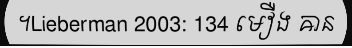
។Lieberman 2003: 134 មឿង ឝាន